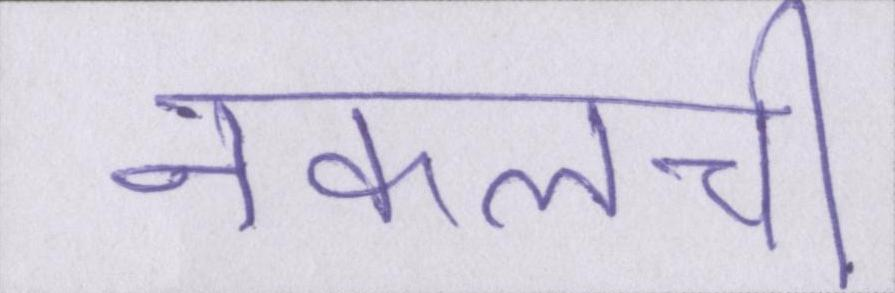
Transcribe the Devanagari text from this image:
नकलची